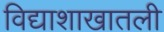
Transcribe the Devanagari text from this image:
विद्याशाखातली